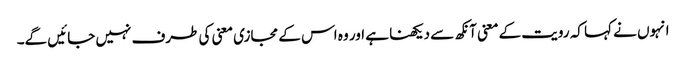
انہوں نے کہا کہ رویت کے معنی آنکھ سے دیکھنا ہے اور وہ اس کے مجازی معنی کی طرف نہیں جائیں گے۔